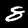
Label: 8